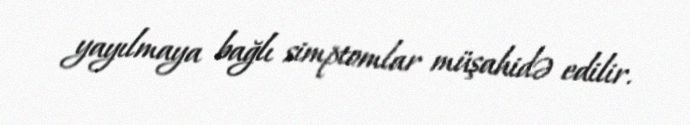
yayılmaya bağlı simptomlar müşahidə edilir.